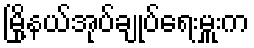
မြို့နယ်အုပ်ချုပ်ရေးမှူးက